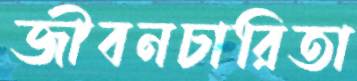
জীবনচারিতা